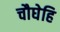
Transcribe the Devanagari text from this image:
चौघेहि